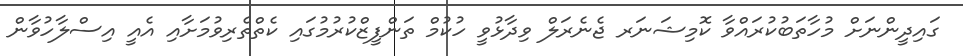
ގައިދީންނަށް މުހާތަބުކުރައްވާ ކޮމިޝަނަރ ޖެނެރަލް ވިދާޅުވީ ހުކުމް ތަންފީޒްކުރުމުގައި ކެތްތެރިވުމަށާއި އެއީ އިސްލާހުވާން